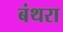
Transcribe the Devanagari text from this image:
बंथरा